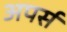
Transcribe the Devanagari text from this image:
अपर्स